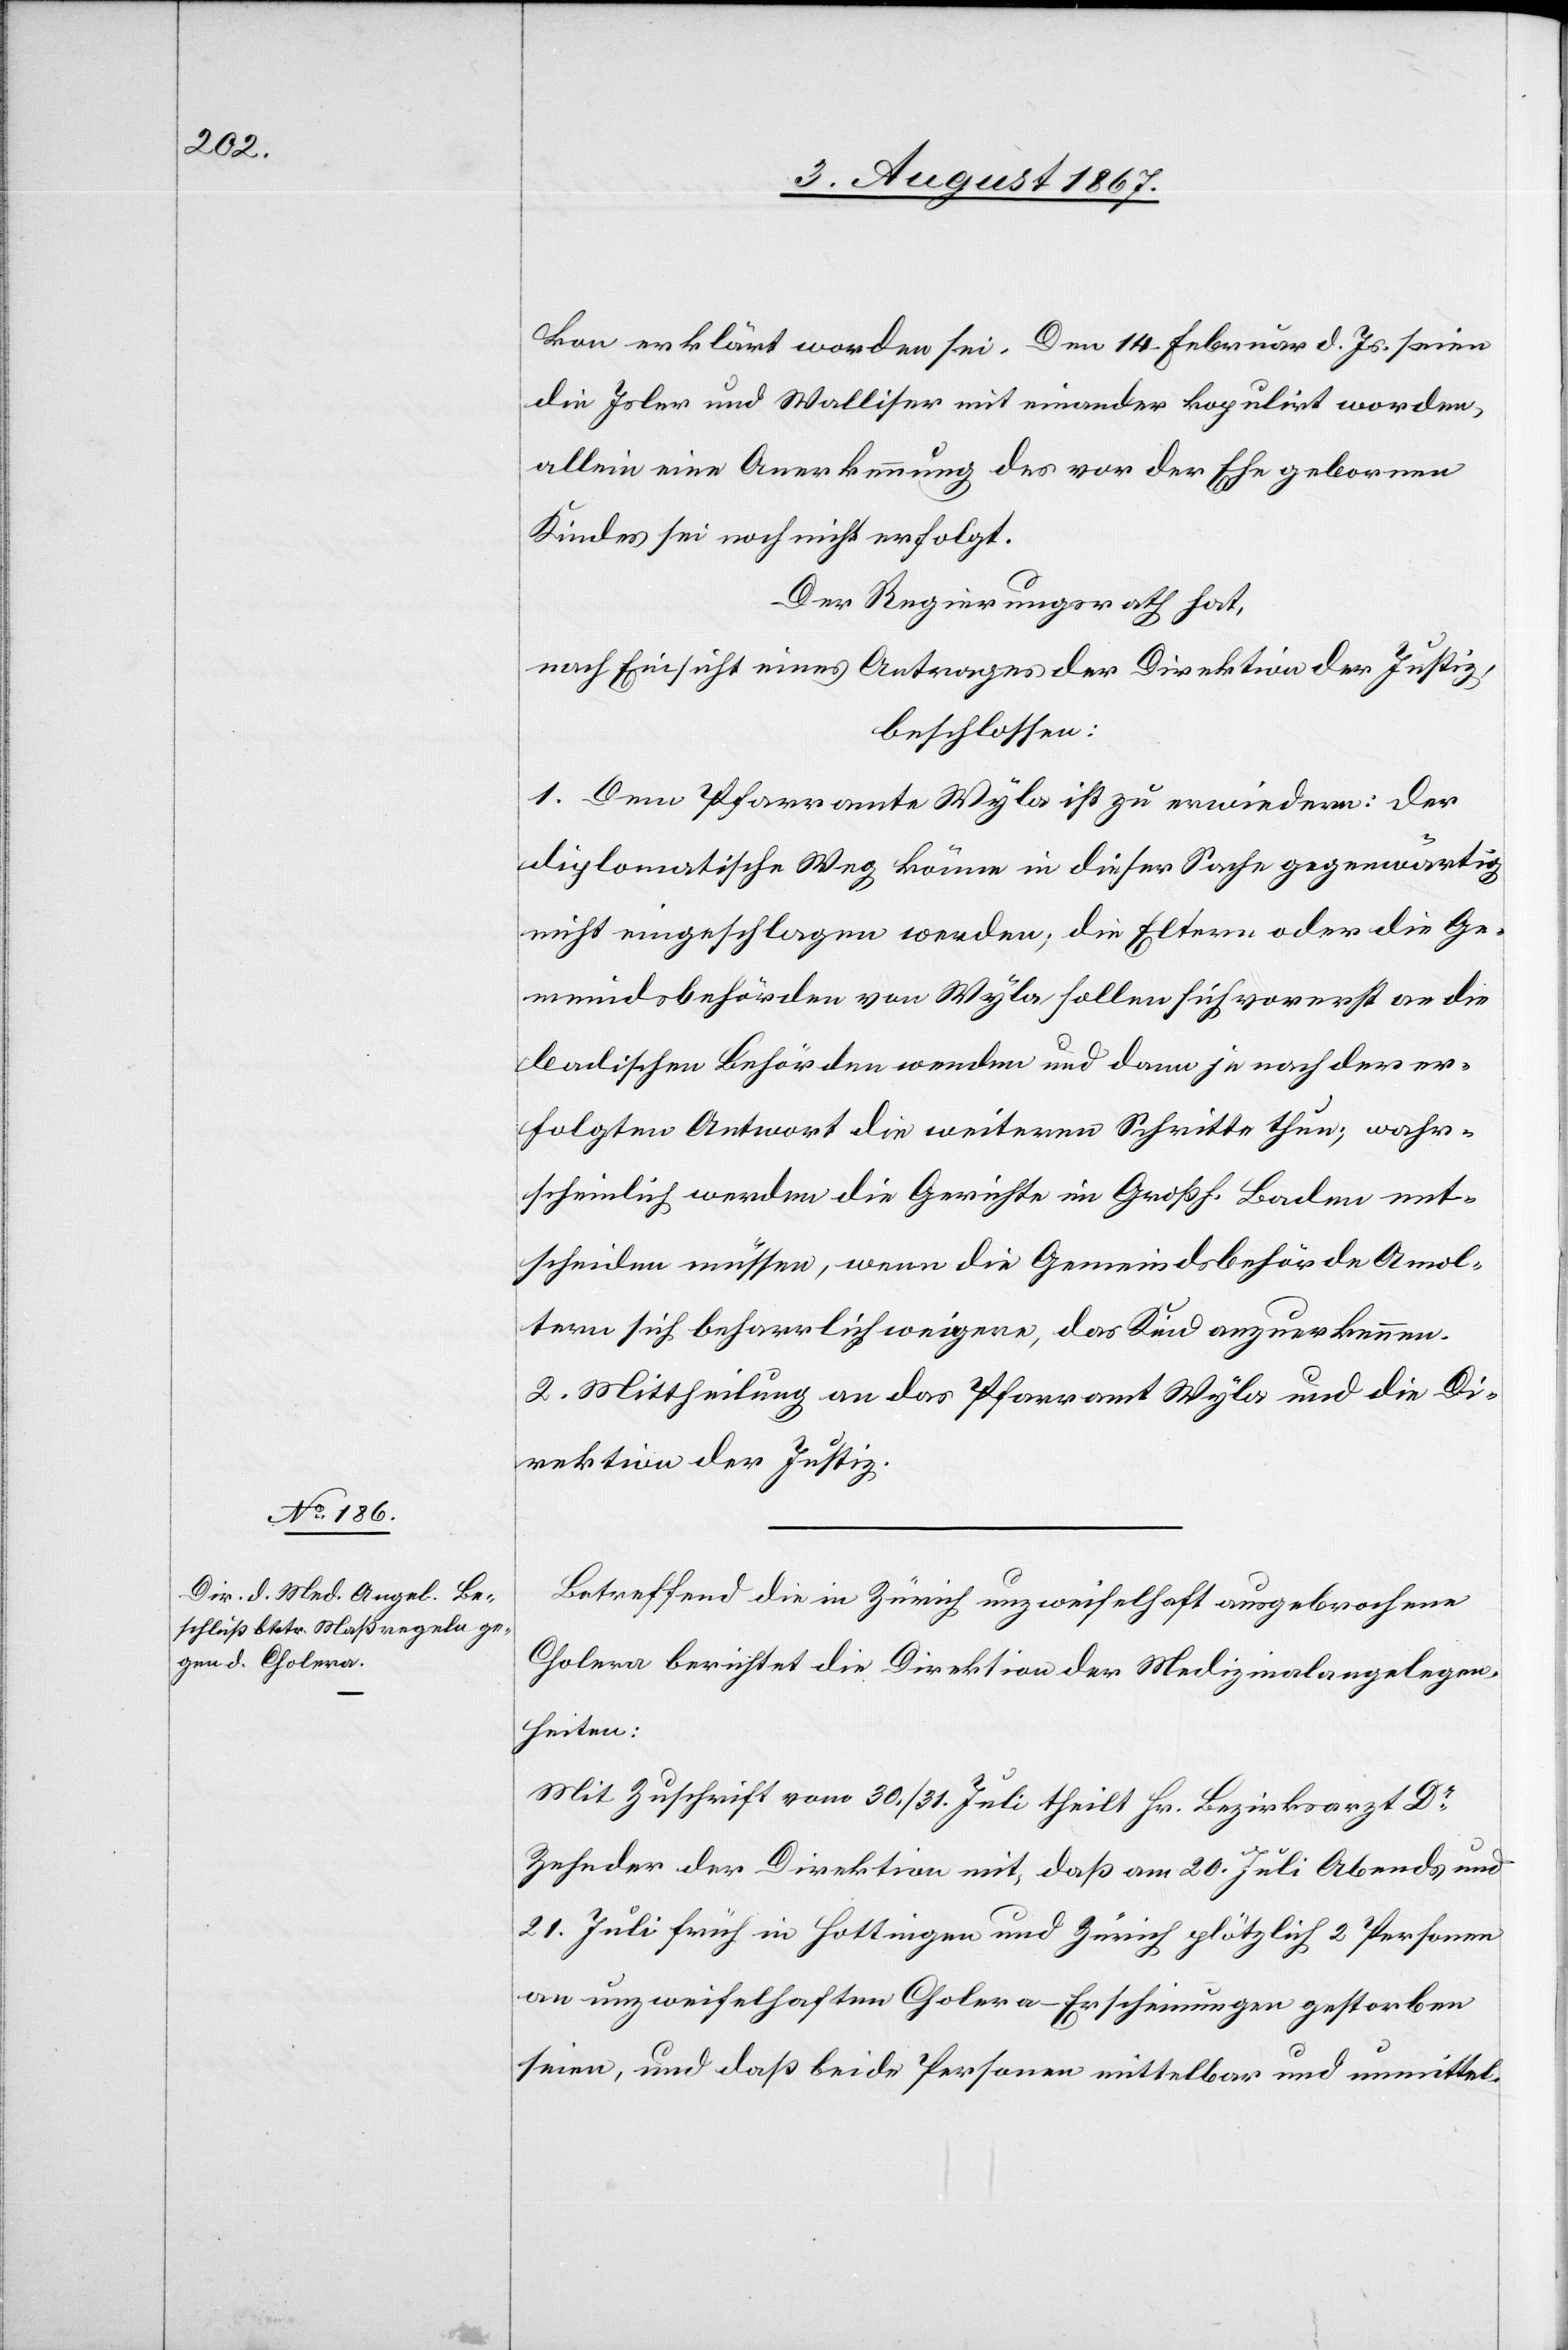
kon erklärt worden sei. Den 14. Februar d. Js. seien
die Isler und Walliser mit einander kopulirt worden,
allein eine Anerkennung des vor der Ehe gebornen
Kindes sei noch nicht erfolgt.
Der Regierungsrath hat,
nach Einsicht eines Antrages der Direktion der Justiz,
beschlossen:
1. Dem Pfarramte Wyla ist zu erwiedern: der
diplomatische Weg könne in dieser Sache gegenwärtig
nicht eingeschlagen werden; die Eltern oder die Ge¬
meindsbehörden von Wyla sollen sich vorerst an die
badischen Behörden wenden und dann je nach der er¬
folgten Antwort die weitern Schritte thun; wahr¬
scheinlich werden die Gericht im Großh. Baden ent¬
scheiden müssen, wenn die Gemeindesbehörde Amol¬
tern sich beharrlich weigere, das Kind anzuerkennen.
2. Mittheilung an das Pfarramt Wyla und die Di¬
rektion der Justiz.
Betreffend die in Zürich unzweifelhaft ausgebrochene
Cholera berichtet die Direktion der Medizinalangelegen¬
heiten:
Mit Zuschrift vom 30./31. Juli theilt Hr. Bezirksarzt Dr.
Zehnder der Direktion mit, daß am 20. Juli [recte: 30.
21. Juli früh in Hottingen und Zürich plötzlich 2 Personen
an unzweifelhaften Cholera-Erscheinungen gestorben
seien, und daß beide Personen mittelbar und unmittel-